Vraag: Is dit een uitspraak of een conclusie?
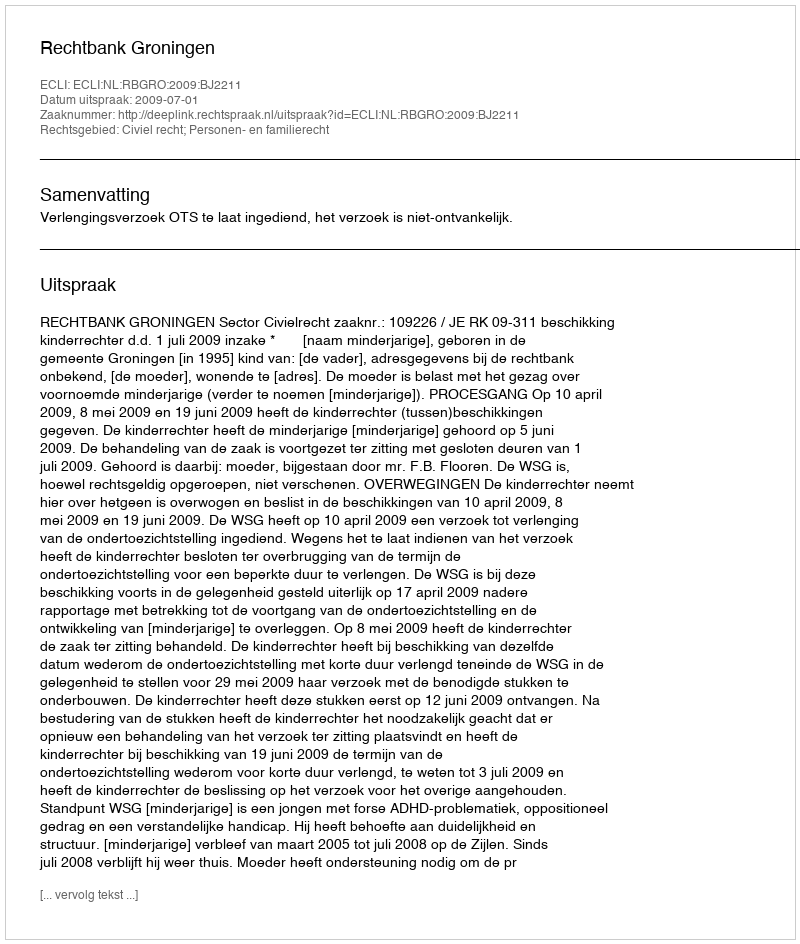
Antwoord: Uitspraak